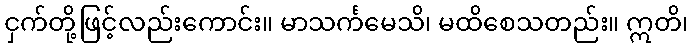
ငှက်တို့ဖြင့်လည်းကောင်း။ မာသင်္ကမေသိ၊ မထိစေသတည်း။ ဣတိ၊